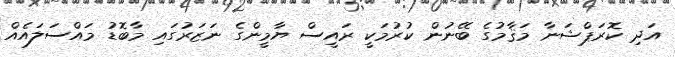
އަދި ކޮރަޕްޝަނާ މަޤާމުގެ ބޭނުން ކުރުމަކީ ރައީސް ޔާމީންގެ ނަޒަރުގައި މާބޮޑު މައްސަލައެއް